Medical and sanitary report of the native army of Bengal for the year
Year: 1875
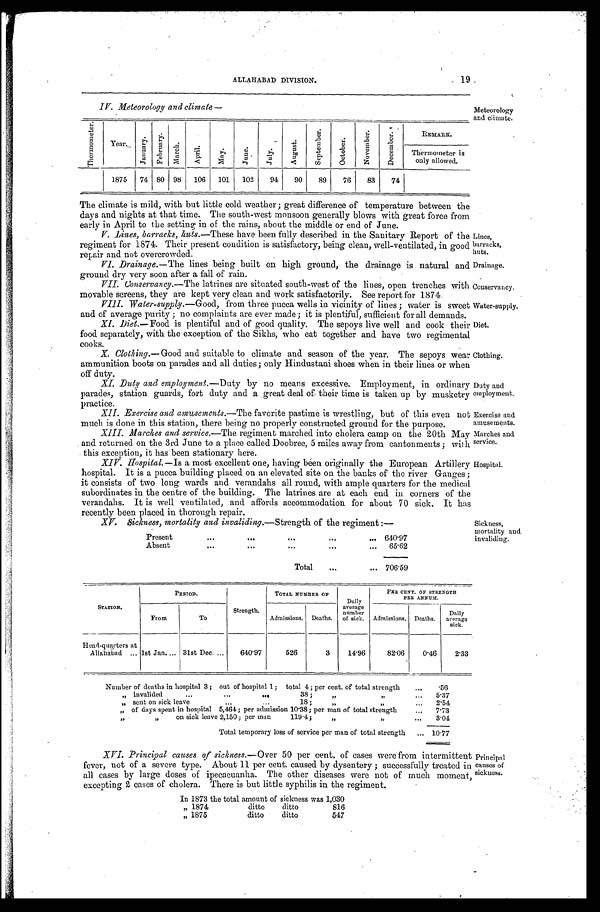
ALLAHABAD DIVISION.
19
Lines,
barracks,
huts.
Drainage.
Conservancy.
Water-supply.
Diet.
Clothing.
Duty and
employment.
Exercise and
amusements.
Marches and
service.
Hospital.
IV. Meteorology and climate
—
T h e r m o m e t e r .
Y e a r .
J a n u a r y .
F e b r u a r y .
M a r c h .
A p r i l .
M a y .
J u n e .
J u l y .
A u g u s t .
S e p t e m b e r .
O c t o b e r .
N o v e m b e r .
D e c e m b e r .
R E M A R K .
Thermometer i s
only allowed.
1875
74
80
98
106
101
102
94
90
89
76
83
74
The climate is mild, with but little cold weather ; great difference of temperature between the
days and nights at that time. The south-west monsoon generally blows with great force from
early in April to the setting in of the rains. about the middle or end of June.
V. Lines, barracks, huts. —These have been fully described in the Sanitary Report of the
regiment for 1874. Their present condition is satisfactory, being clean, well-ventilated, in good
repair and not overcrowded.
VI. Drainage.—The lines being built on high ground, the drainage is natural and
ground dry very soon after a fall of rain.
VII. Conservancy.—The
latrines are situated south-west of the lines, open trenches with
movable screens, they are kept very clean and work satisfactorily. See report for 1874.
VIII.Water-supply. —Good, from three pucca wells in vicinity of lines ; water is sweet
and of average purity ; no complaints are ever made ; it is plentiful, sufficient for all demands.
XI. Diet.—Food is plentiful and of good quality. The sepoys live well and cook their
food separately, with the exception of the Sikhs, who eat together and have two regimental
cooks.
Meteorology
and climate.
X. Clothing. —Good and suitable to climate and season of the year. The sepoys wear
ammunition boots on parades and all duties; only Hindustani shoes when in their lines or when
o f f d u t y .
XI. Duty and employment.—Duty by no means excessive. Employment, in ordinary
parades, station guards, fort duty and a great deal of their time is taken up by musketry
practice.
XII. Exercise and amusements. —The favorite pastime is wrestling, but of this even not
much is done in this station, there being no properly constructed ground for the purpose.
XIII. Marches and service. —The regiment marched into cholera camp on the 20th May
and returned on the 3rd June to a place called Doobree, 5 miles away from cantonments ; with
this exception, it has been stationary here.
XIV. Hospital. —Is a most excellent one, having been originally the European Artillery
hospital. It is a pucca building placed on an elevated site on the banks of the river Ganges ;
it consists of two long wards and verandahs all round, with ample quarters for the medical
subordinates in the centre of the building. The latrines are at each end in corners of the
verandahs. It is well ventilated, and affords accommodation for about 70 sick. It has
recently been placed in thorough repair.
XV. Sickness, mortality and invaliding.—Strength of the regiment :—
Present
.
.
.
640.97
Absent
.
.
.
65.62
Total . . .
706.59
Sickness,
mortality and
invaliding.
STATION.
P E R I O D .
Strength.
TOTAL NUMBER OF
Daily
average
number
of sick.
PER CENT. OF STRENGTH
PER ANNUM.
From
To
Admissions.
Deaths.
Admissions.
Deaths.
Daily
average
sick.
Head-quarters at
Allahabad . . . 1st Jan. . . .
31st Dec. . . .
640.97
526
3
14.96
82.06
0.46
2.33
Number of deaths in hospital 3 ; out of hospital 1;
total 4 ; per cent. of total strength . . .
56
"
invalided . . .
38 ; " " . . .
5.37
"
sent on sick leave . . .18; " " . . .
2.54
"
of days spent in hospital
5,464; per admission 10.38; per man of total strength . . .
7.73
on sick leave 2,150 ; per man 119.4; " " . . .
3.04
Total temporary loss of service per man of total strength . . . 10.77
XVI. Principal causes of sickness. —Over 50 per cent, of cases were from intermittent
fever, not of a severe type. About 11 per cent. caused by dysentery ; successfully treated in
all cases by large doses of ipecacuanha. The other diseases were not of much moment,
excepting 2 cases of cholera. There is but little syphilis in the regiment.
In 1873 the total amount of sickness was 1,030
" 1874 ditto ditto
816
" 1875 ditto ditto
547
Principal
causes of
sickness.